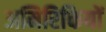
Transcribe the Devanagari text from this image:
अमिरिकियों